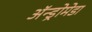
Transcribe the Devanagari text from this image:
अॅन्ड्रोमेडा